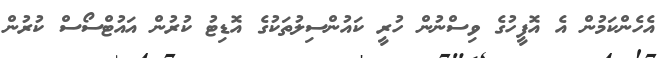
އެހެންކަމުން އެ އޮފީހުގެ ވިސްނުން ހުރީ ކައުންސިލުތަކުގެ އޮޑިޓު ކުރުން އައުޓްސޯސް ކުރުން